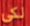
لكى